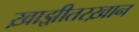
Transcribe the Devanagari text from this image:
ख़ाझ़ीतरख़ान